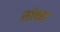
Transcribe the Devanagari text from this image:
तांका